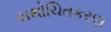
યથોચિતકરણ